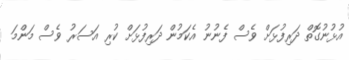
އުޅުނުގޮތް ދަރިފުޅަށް ވެސް ފެނުނު އެކަމުން ދަރިފުޅަށް ކުރި އަސަރު ވެސް މަންމަ